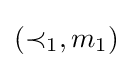
(\prec _{1},m_{1})